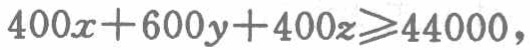
\(400x + 600y + 400z\geqslant44000\)